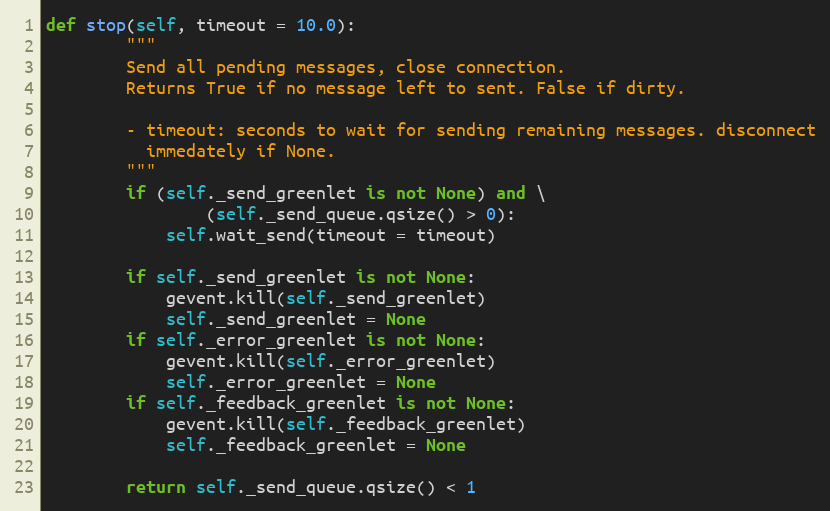
Language: Python
def stop(self, timeout = 10.0):
		"""
		Send all pending messages, close connection.
		Returns True if no message left to sent. False if dirty.

		- timeout: seconds to wait for sending remaining messages. disconnect
		  immedately if None.
		"""
		if (self._send_greenlet is not None) and \
				(self._send_queue.qsize() > 0):
			self.wait_send(timeout = timeout)

		if self._send_greenlet is not None:
			gevent.kill(self._send_greenlet)
			self._send_greenlet = None
		if self._error_greenlet is not None:
			gevent.kill(self._error_greenlet)
			self._error_greenlet = None
		if self._feedback_greenlet is not None:
			gevent.kill(self._feedback_greenlet)
			self._feedback_greenlet = None

		return self._send_queue.qsize() < 1